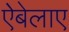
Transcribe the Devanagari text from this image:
ऐबेलाए